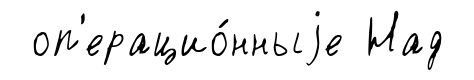
оп'ерацио́нныjе Над